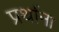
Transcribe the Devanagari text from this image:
प्रर्थाना